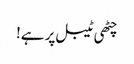
چٹھی ٹیبل پر ہے!